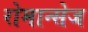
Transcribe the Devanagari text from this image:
रोमान्सेज